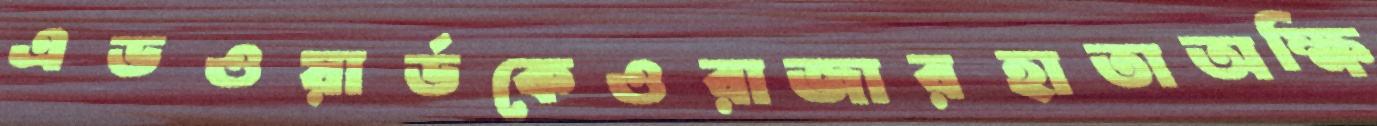
এডওয়ার্ডকেওরাজারহাতাঅক্ষি